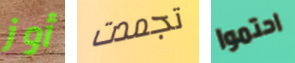
أوز تجمدت احتموا